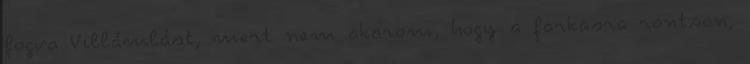
fogva Villámlást, mert nem akarom, hogy a farkasra rontson,